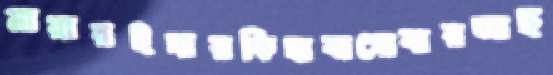
মারারইদারকিহাবাগোবারআছ